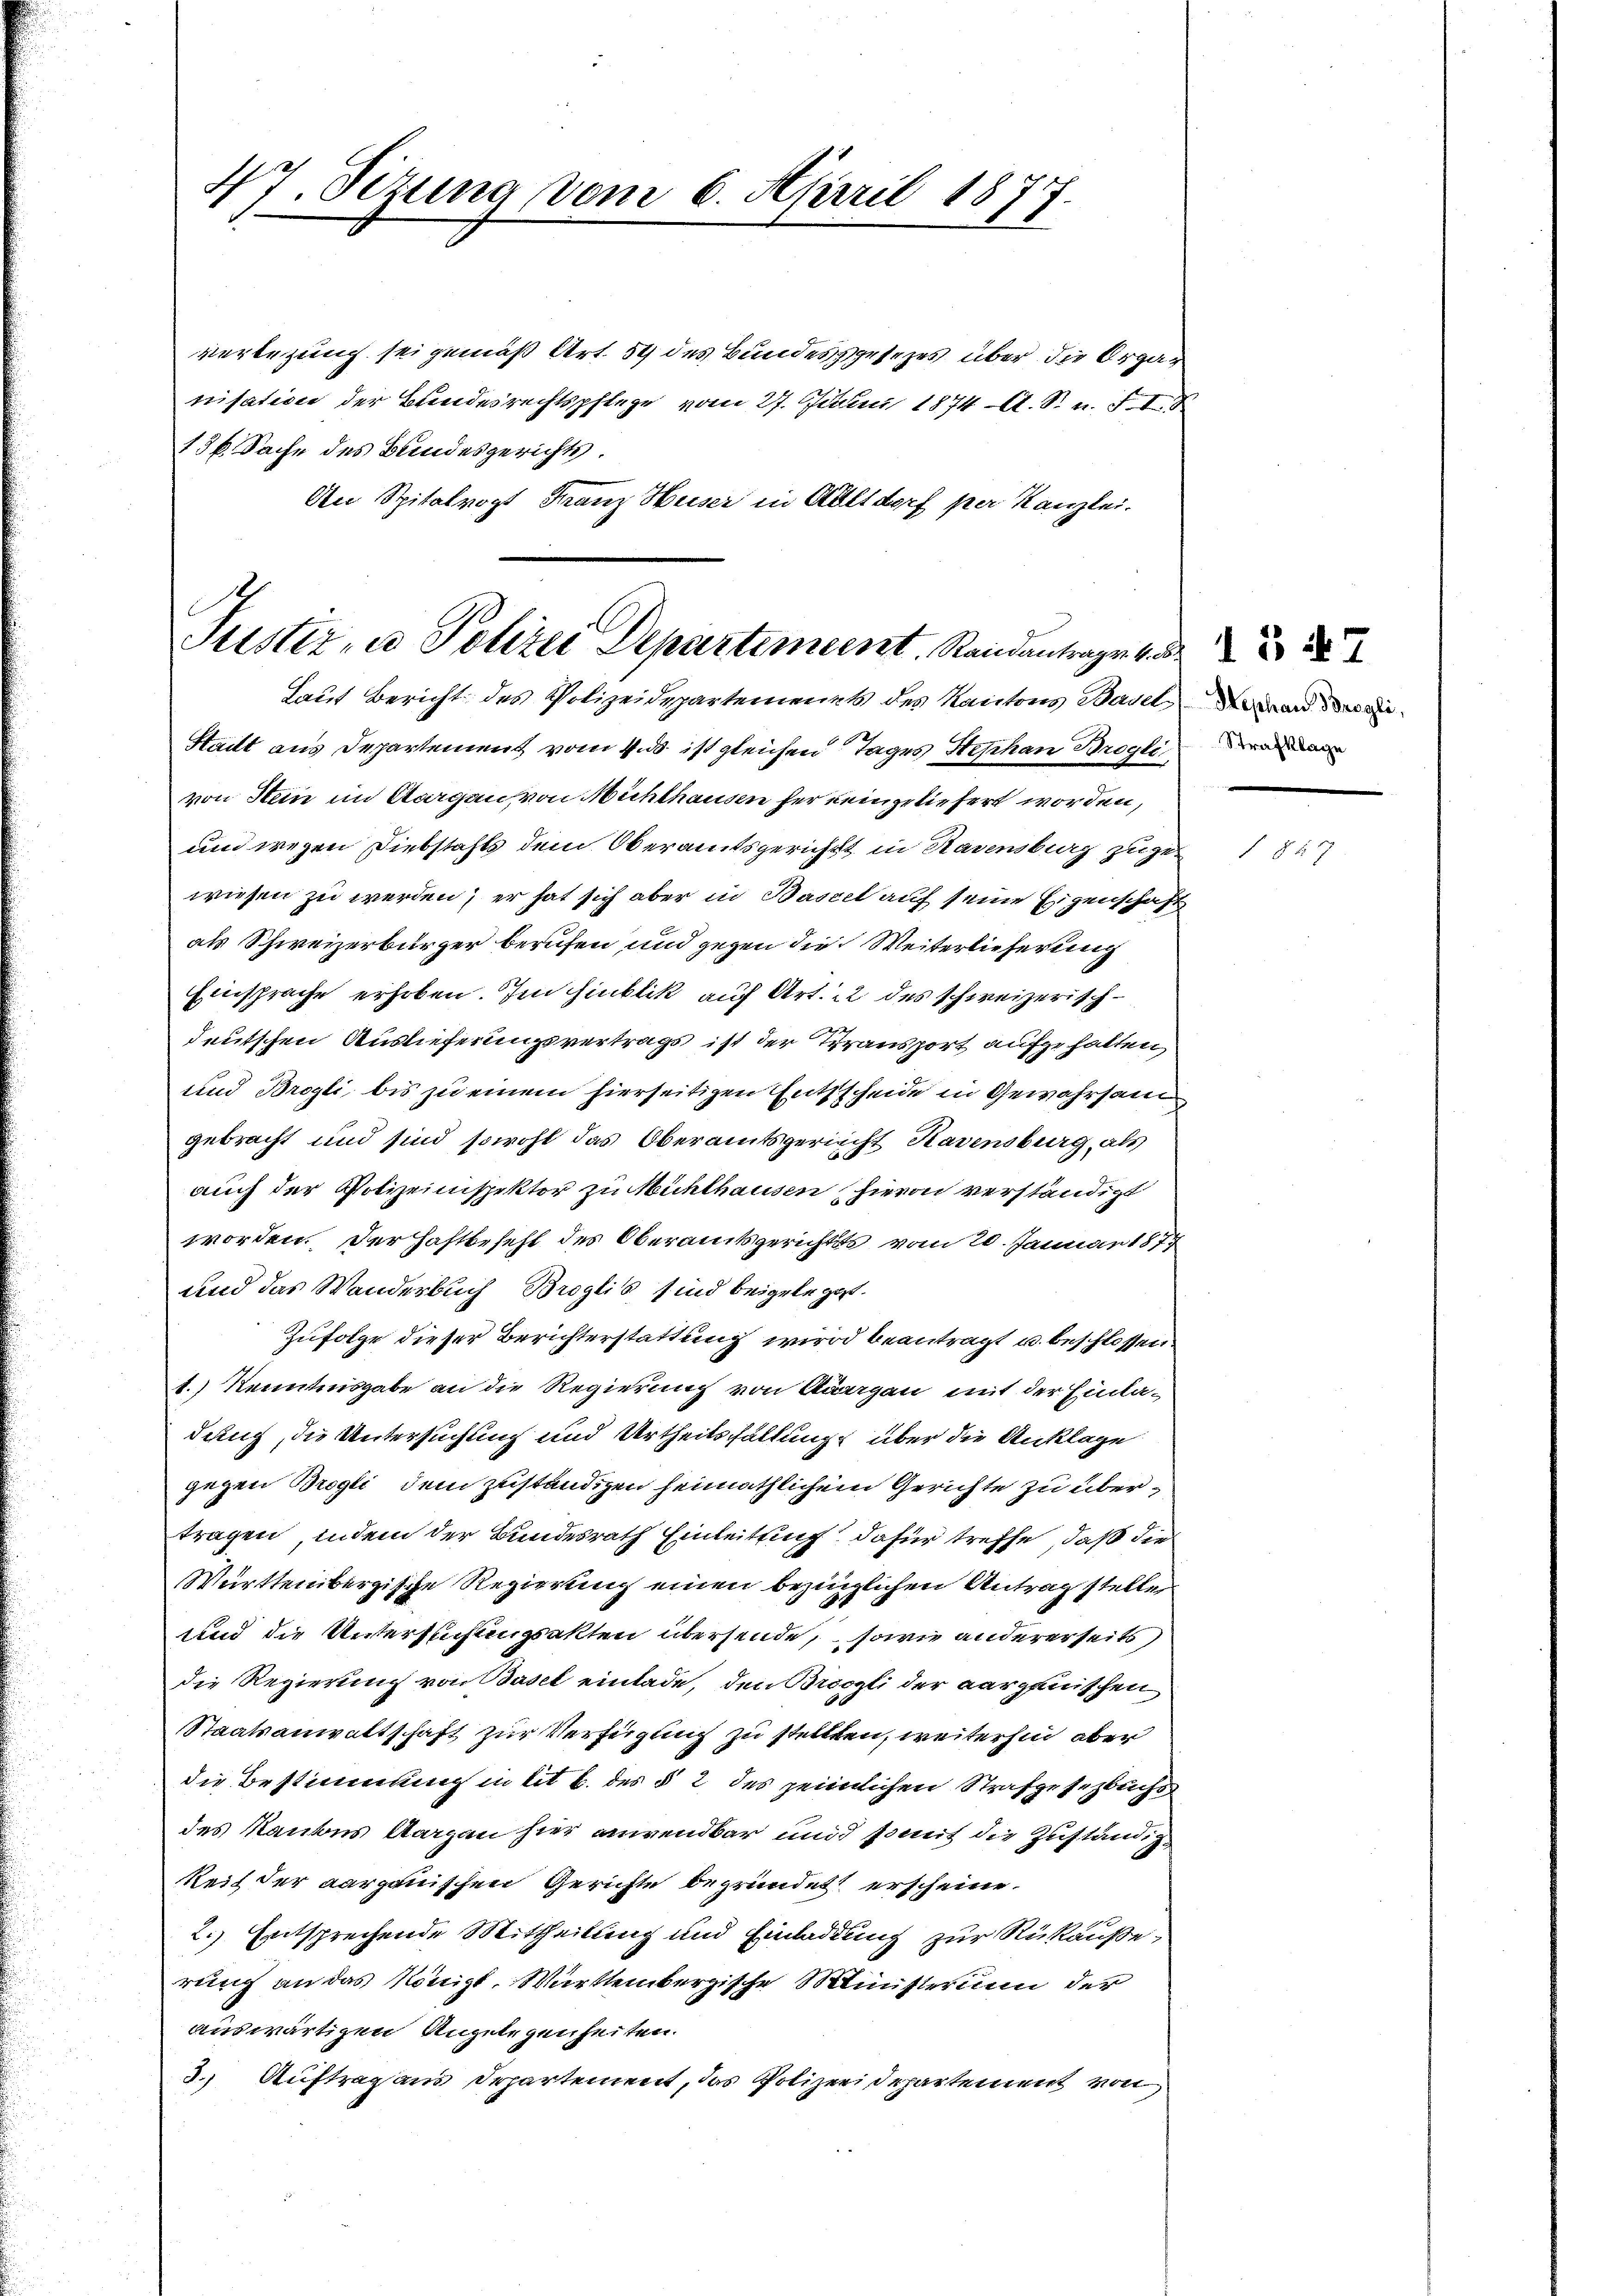
47. Sizung vom 6. April 1877.

verlegung sei gemäß Art. 54 des Bundesgesetzes über die Organisation der Bundesrechtspflege vom 27. Juni 1874 A. S. u. F. I S
136 Sache des Bundesgerichts.
An Spitalropt Franz Huser in Altdorf per Kanzlei.

Justiz- u Polizei Departement. Randantrage k

Laut Bericht des Polizeidepartements des Kantons Basel an der
Stadt aus Departement vom 4. d. ist gleichen Tages Stephan Broglia
von Stein im Aargau von Nichthausen her neingeliefert worden,
und wegen Diebstahls dem Oberamtsgericht in Rasensburg zugewiesen zu werden; er hat sich aber in Bascet auf seine Eigenschaft
als Schweizerbürger berufen und gegen die Weiterlieferung
Einsprache erhoben. Im Hinblik auf Art. 22 des schweizerischdeutschen Auslieferungsvertrags ist der Transport aufgehalten,
und Brogli, bis zu einem hierseitigen Entscheide in Gewahrsam
gebracht und sind sowohl das Oberamtsgericht Havensburg, als
auch der Polizeinspektor zu Mühlhausen hievon verständigt
worden. Der Haftbefehl des Oberamtsgerichts vom 20. Januar 1877
und das Wanderbuch Broglis sind beigelegt.
Zufolge dieser Berichterstattung wird beantragt u. beschlossen
1.) Kenntnisgabe an die Regierung von Aargau mit der Einla-
dung, die Untersuchung und Urtheilsfhaltung über die Anklage
gegen Brogli dem zuständigen heimathlichem Gerichte zu übertragen, indem der Bundesrath Einleitung dafür treffe, daß die
Württembergische Regierung einen bezinglichen Antrag steller
und die Untersuchungsakten übersende, sowie andererseits
die Regierung von Basel einlade, den Broogli der aargauischen
Staatsanwaltschaft zur Verfügung zu stellten, weiterhin aber
die Bestimmung in lit 6. des § 2 des heimlichen Strafgesetzbuchs
des Raubes Aargau hier aurendbar und somit die Zuständigkeit der aargauischen Gerichte begründet erscheine.
2.) Entsprechende Mittheilung und Einladung zur Rükäußerung an das Königl. Württembergische Ministerium der
auswärtigen Angelegenheiten.
3.) Auftrag aus Departement, das Polizeidepartement von

§ 57